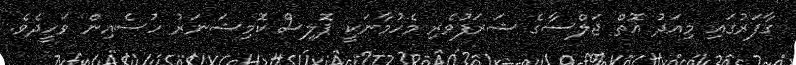
ގާފަރުގައި މިއަދު އޮތް ޖަލްސާގެ ޝަރަފުވެރި މެހުމާނަކީ ޕޮލިސް ކޮމިޝަނަރު ހުސެއިން ވަހީދެވެ.